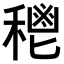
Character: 𥠴